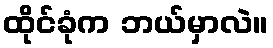
ထိုင်ခုံက ဘယ်မှာလဲ။